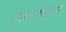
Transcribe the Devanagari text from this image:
जीवाणुभोजियों